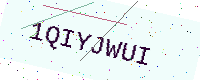
Text: 1QIYJWUI